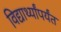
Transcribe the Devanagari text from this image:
विद्यार्थ्यांपर्यंत